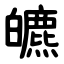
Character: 皫